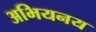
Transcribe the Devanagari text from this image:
अभियनय